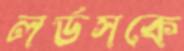
লর্ডসকে